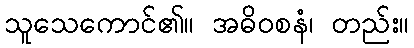
သူသေကောင်၏။ အဓိဝစနံ၊ တည်း။